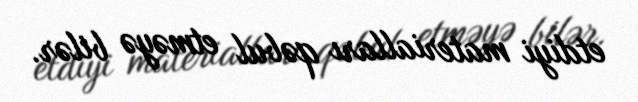
etdiyi materialları qəbul etməyə bilər.